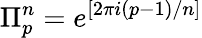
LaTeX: \Pi_{p}^{n}=e^{[2\pi i(p-1)/n]}